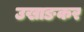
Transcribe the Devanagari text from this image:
उखाङकर